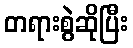
တရားစွဲဆိုပြီး